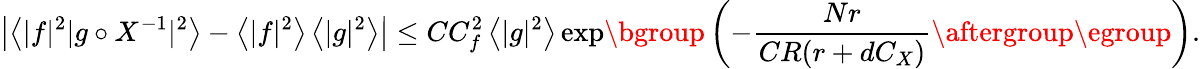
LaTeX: \bigl|\big\langle|f|^{2}|g\circ X^{-1}|^{2}\big\rangle-\bigl\langle|f|^{2}\bigr\rangle\, \bigl\langle|g|^{2}\bigr\rangle\bigr|\leq CC_{f}^{2}\, \bigl\langle|g|^{2}\bigr\rangle\exp\mathopen{}\mathclose\bgroup\left(-\frac{Nr}{CR(r+dC_{X})}\aftergroup\egroup\right).